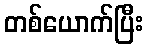
တစ်ယောက်ပြီး